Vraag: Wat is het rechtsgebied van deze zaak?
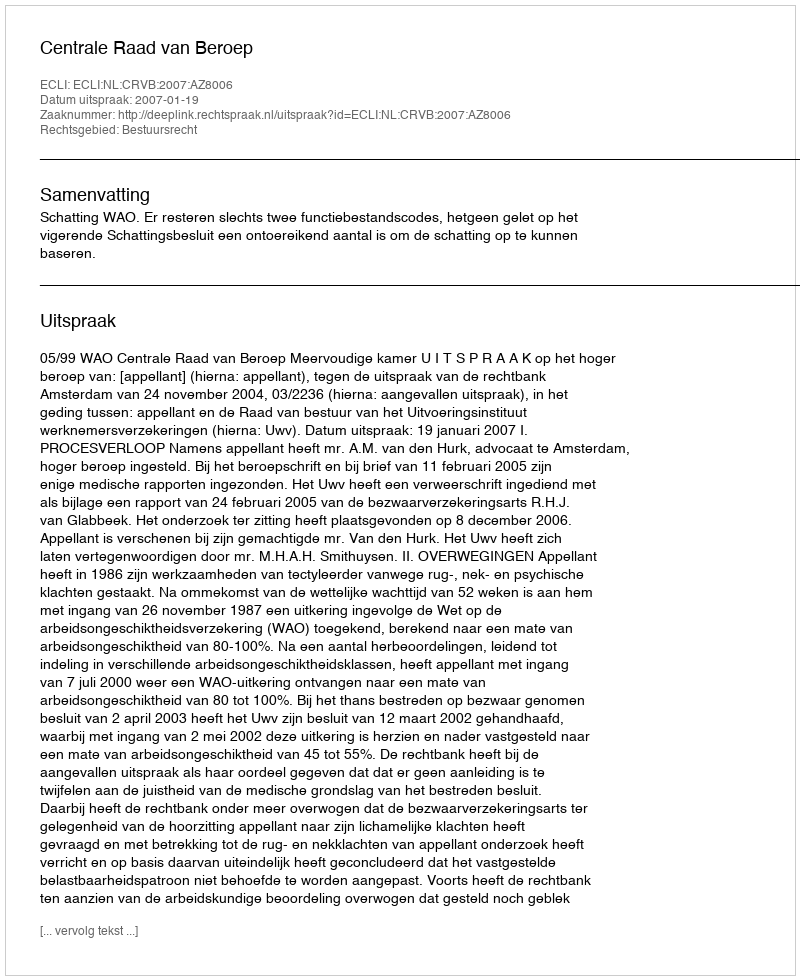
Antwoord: Bestuursrecht